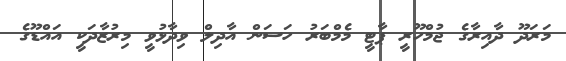
މަރަދޫ ދާއިރާގެ ޖުމްހޫރީ ޕާޓީ މެމްބަރު ހަސަން އާދިލް ވިދާޅުވީ މިރުޒާދަކީ އައްޑޫގެ